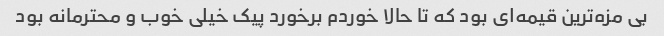
بی مزه‌ترین قیمه‌ای بود که تا حالا خوردم برخورد پیک خیلی خوب و محترمانه بود